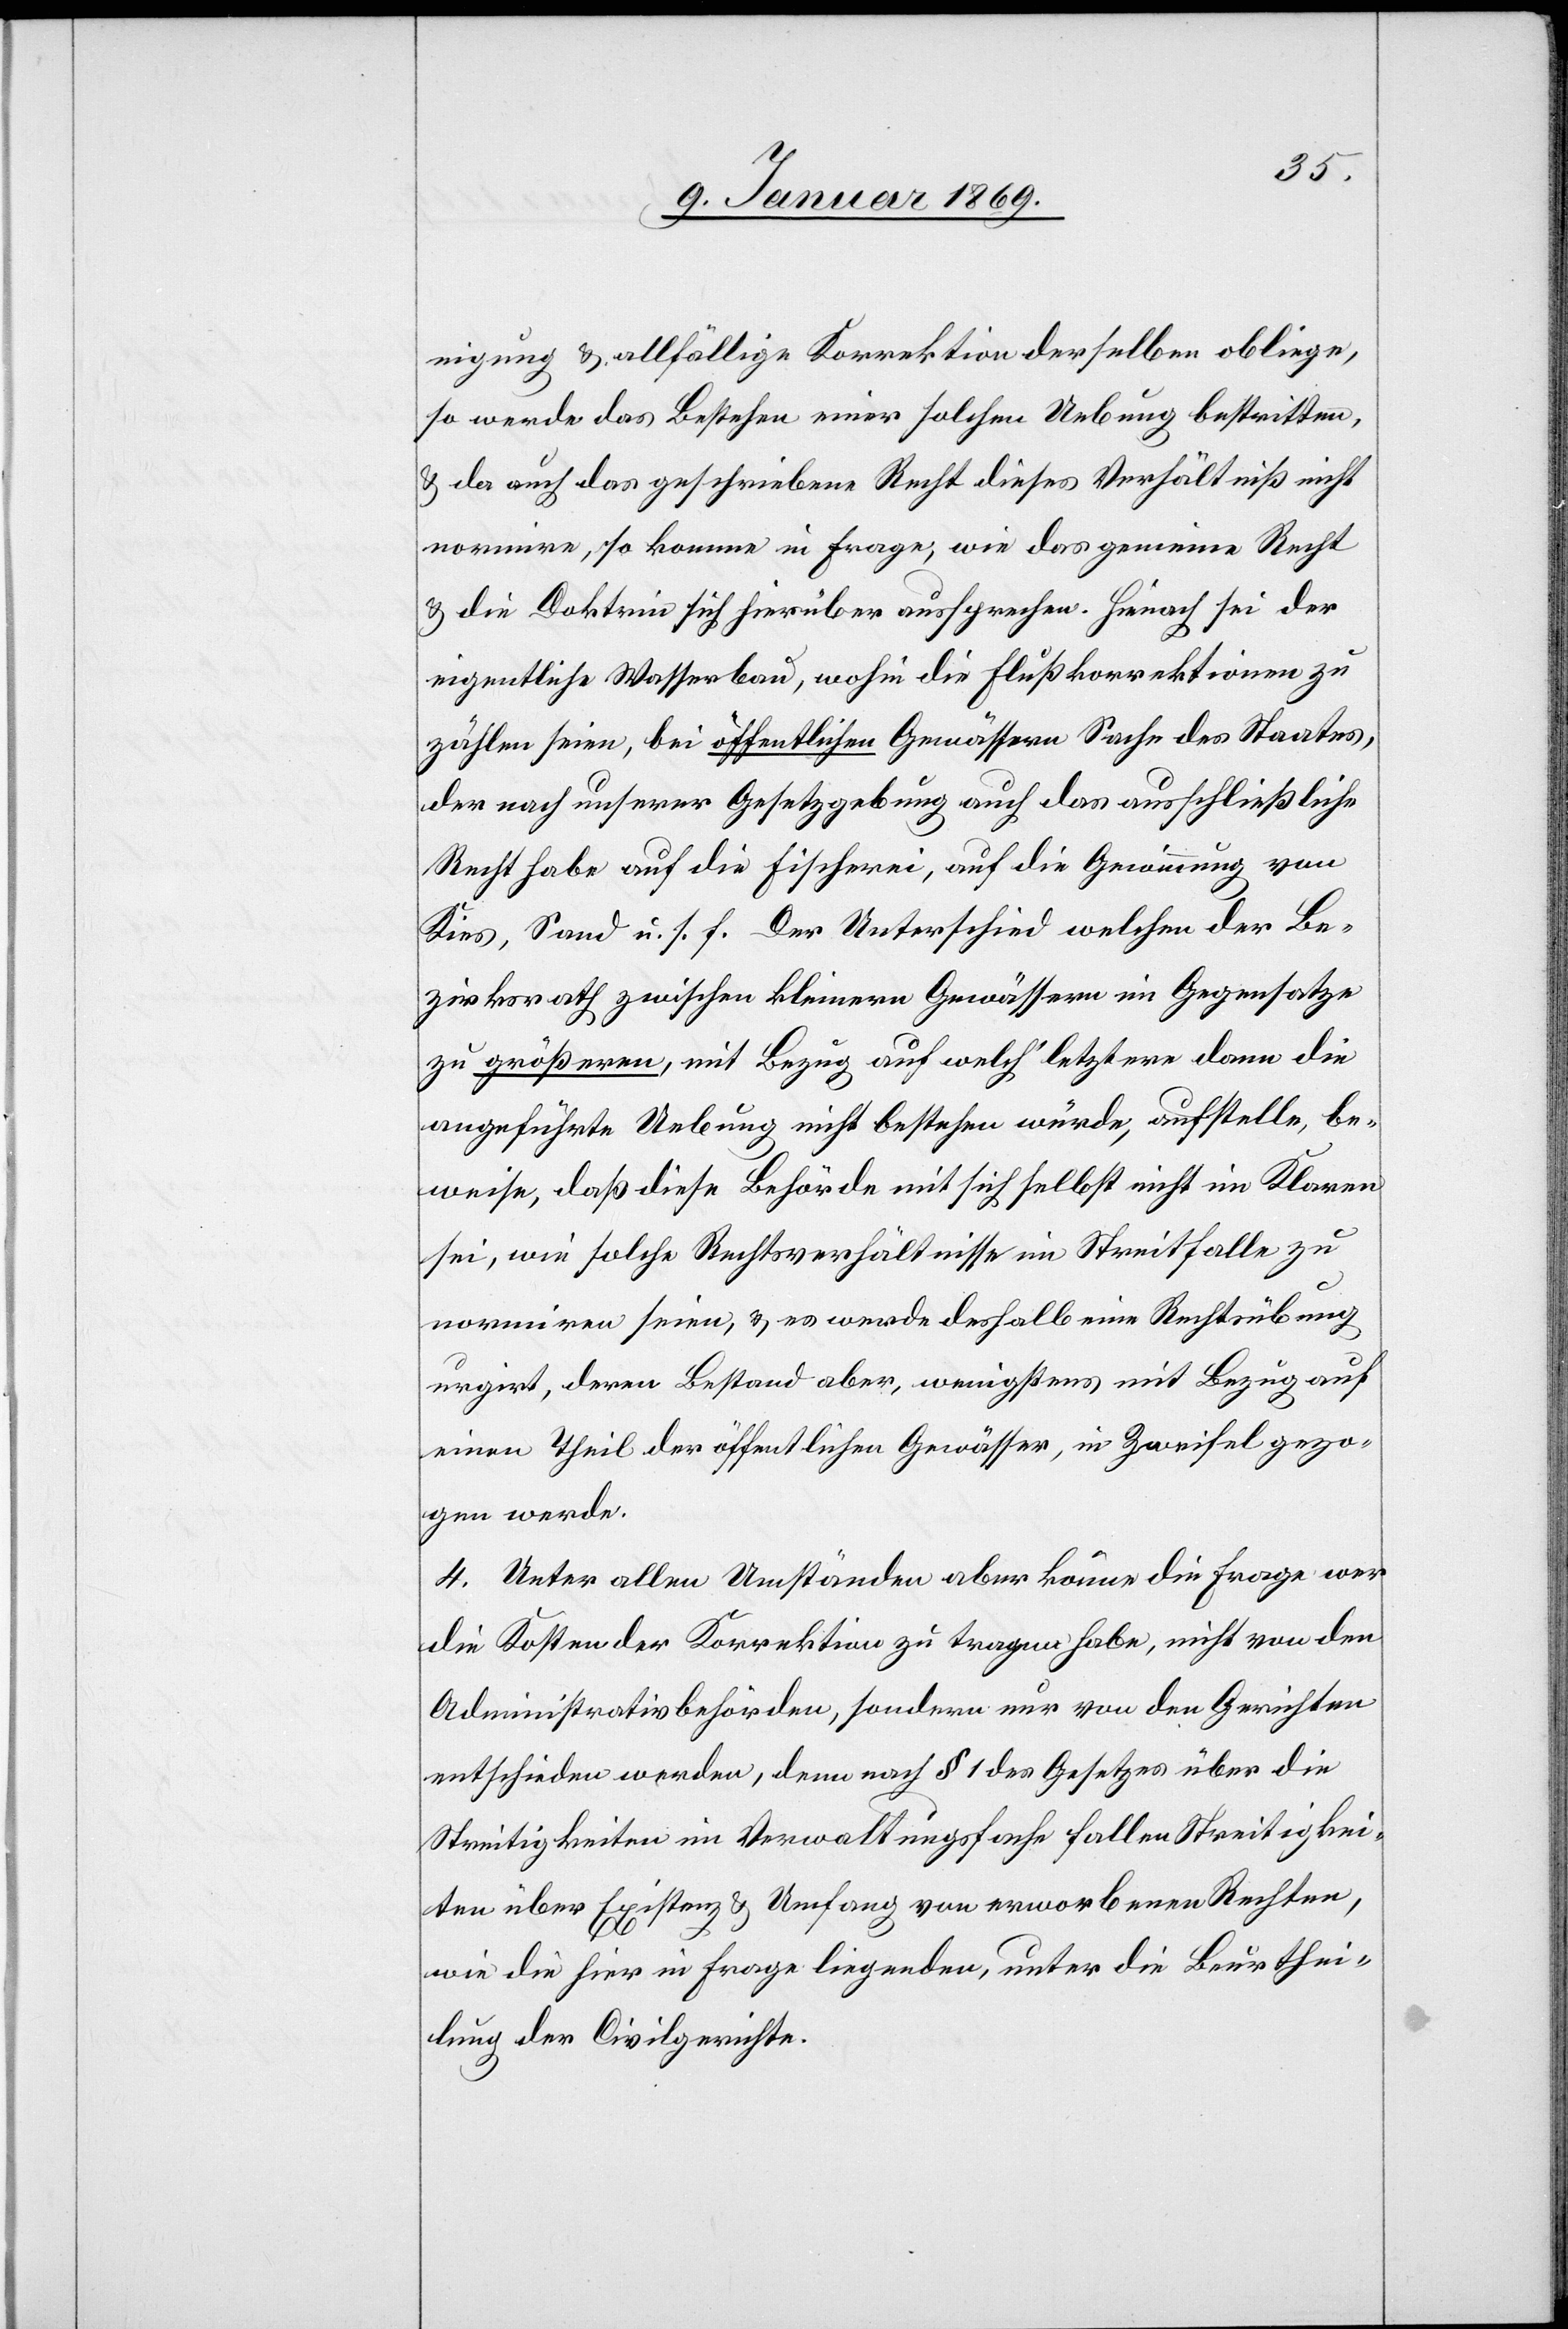
nigung & allfällige Korrektion derselben obliege
so werde das Bestehen einer solchen Uebung bestritten,
& da auch das geschriebene Recht dieses Verhältniß nicht
normire, so komme in Frage, wie das gemeine Recht
& die Doktrin sich hierüber aussprechen. Hienach sei der
eigentliche Wasserbau, wohin die Flußkorrektionen zu
zählen seien, bei öffentlichen Gewässern Sache des Staates,
der nach unserer Gesetzgebung auch das ausschließliche
Recht habe auf die Fischerei, auf die Gewinnung von
Kies, Sand u. s. f. Der Unterschied welchen der Be¬
zirksrath zwischen kleinern Gewässern im Gegensatze
zu größeren, mit Bezug auf welch’ letztere dann die
angeführte Uebung nicht bestehen würde, aufstelle, be¬
weise, daß diese Behörde mit sich selbst nicht im Klaren
sei, wie solche Rechtsverhältnisse im Streitfalle zu
normiren seien, & es werde deshalb eine Rechtsübung
urgirt, deren Bestand aber, wenigstens mit Bezug auf
einen Theil der öffentlichen Gewässer, in Zweifel gezo¬
gen werde.
4. Unter allen Umständen aber könne die Frage wer
die Kosten der Korrektion zu tragen habe, nicht von den
Administrativbehörden, sondern nur von den Gerichten
entschieden werden, denn nach § 1 des Gesetzes über die
Streitigkeiten im Verwaltungsfache fallen Streitigkei¬
ten über Existenz & Umfang von erworbenen Rechten,
wie die hier in Frage liegenden, unter die Beurthei¬
lung der Civilgerichte.